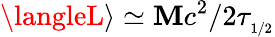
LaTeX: \langleL\rangle\simeq\mathbf{M}c^{2}/2\tau_{_{1/2}}